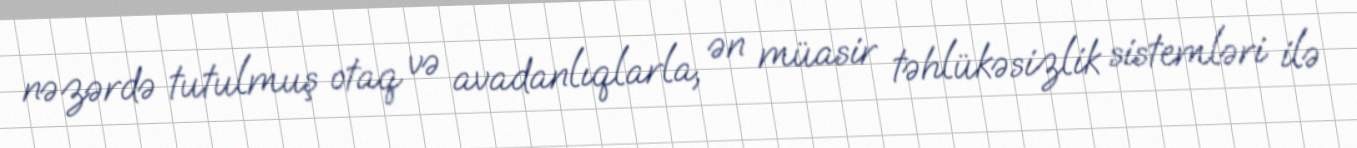
nəzərdə tutulmuş otaq və avadanlıqlarla, ən müasir təhlükəsizlik sistemləri ilə